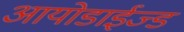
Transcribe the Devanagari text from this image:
आयोडाईज्ड